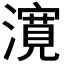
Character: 𭳈